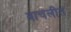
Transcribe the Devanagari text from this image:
वाचलीत